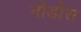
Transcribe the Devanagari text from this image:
नोडोस